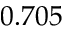
0 . 7 0 5